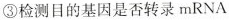
③检测目的基因是否转录mRNA